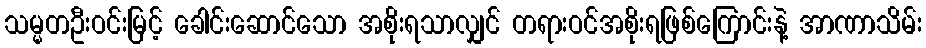
သမ္မတဦးဝင်းမြင့် ခေါင်းဆောင်သော အစိုးရသာလျှင် တရားဝင်အစိုးရဖြစ်ကြောင်းနဲ့ အာဏာသိမ်း